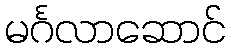
မင်္ဂလာဆောင်